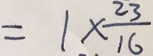
= 1 \times \frac { 2 3 } { 1 6 }